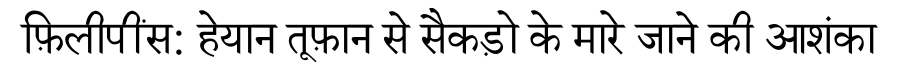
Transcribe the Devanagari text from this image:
फ़िलीपींस: हेयान तूफ़ान से सैकड़ो के मारे जाने की आशंका